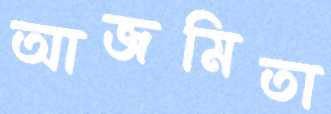
আজমিতা